Papers set at the Examination for Leaving Certificates, 1890
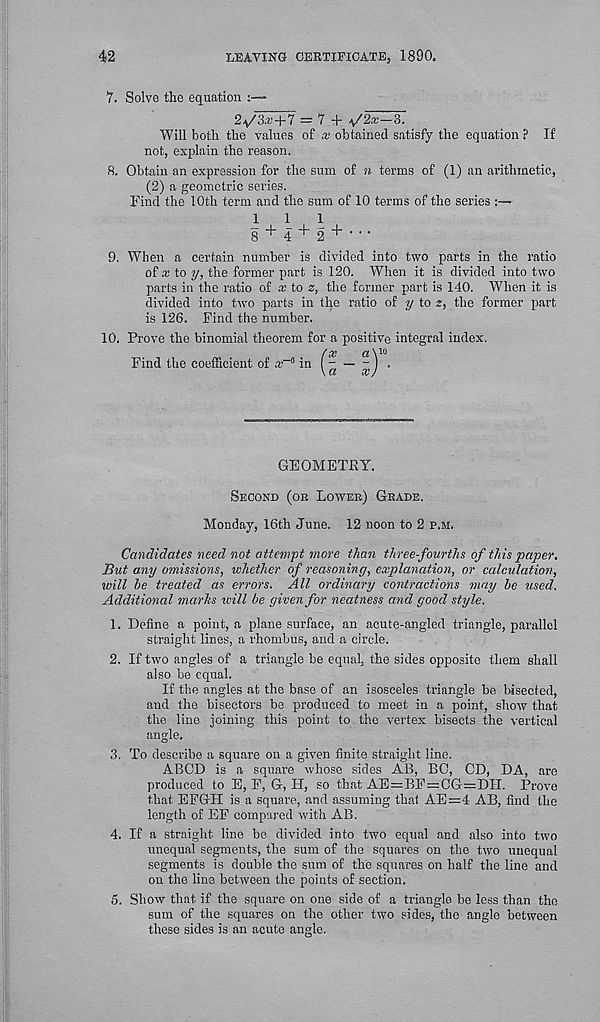
42
LEAVING CEKTIFICATEj 1890.
7. Solve the equation
2y';it'+7 = 7 + a/%-3.
Will both the values of x obtained satisfy the equation ? If
not, explain the reason.
8. Obtain an expression for the sum of n terms of (1) an arithmetic,
(2) a geometric series.
Find the 10th term and the sum of 10 terms of the series :—
8 + 4 + 2 + •
9. When a certain number is divided into two parts in the ratio
of x to y, the former part is 120. When it is divided into two
parts in the ratio of x to z, the former part is 140. When it is
divided into two parts in the ratio of y to z, the former part
is 126. Find the number.
10. Prove the binomial theorem for a positive integral index.
Find the coefficient of ,
«V'
[a ~ xj
GEOMETRY.
Second (oh Lower) Grade.
Monday, 16th June. 12 noon to 2 p.m.
Candidates need not attempt more than three-fourths of this paper.
But any omissions, whether of reasoning, explanation, or calculation,
will he treated as errors. All ordinary contractions may he used.
Additional marks will be given for neatness and good style.
1. Define a point, a plane surface, an acute-angled triangle, parallel
straight lines, a rhombus, and a circle.
2. If two angles of a triangle be equal, the sides opposite them shall
also be equal.
If the angles at the base of an isosceles triangle be bisected,
and the bisectors be produced to meet in a point, show that
the lino joining this point to the vertex bisects the vertical
angle.
3. To describe a square on a given finite straight line.
ABCD is a square whose sides AB, BO, CD, DA, are
produced to E, F, G, H, so that AE=BF = CG=DH. Prove
that EFGrH is a square, and assuming that AE=4 AB, find the
length of EF compared with AB.
4. If a straight line be divided into two equal and also into two
unequal segments, the sum of the squares on the two unequal
segments is double the sum of the squares on half the line and
on the line between the points of section.
5. Show that if the square on one side of a triangle be less than the
sum of the squares on the other two sides, the angle between
these sides is an acute angle.